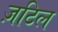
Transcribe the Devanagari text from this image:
ज़टिल